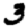
Digit: 3